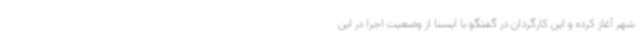
شهر آغاز کرده و این کارگردان در گفتگو با ایسنا از وضعیت اجرا در این